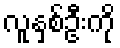
လူနှစ်ဦးကို